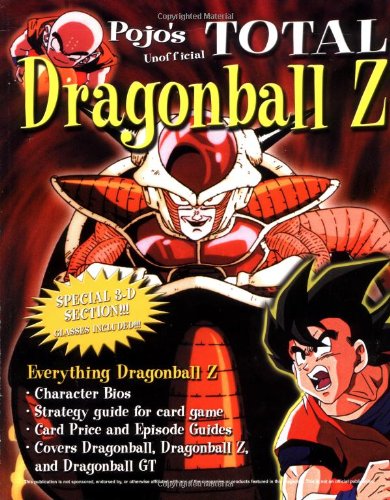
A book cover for Total Dragon Ball Z; Triumph Books; Humor & Entertainment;